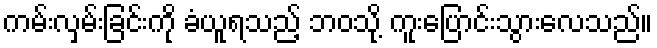
ကမ်းလှမ်းခြင်းကို ခံယူရသည့် ဘဝသို့ ကူးပြောင်းသွားလေသည်။